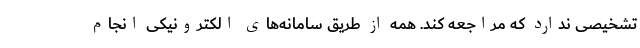
تشخیصی ندارد که مراجعه کند. همه از طریق سامانه‌های الکترونیکی انجام